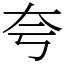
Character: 夸